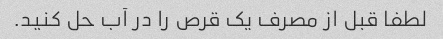
لطفا قبل از مصرف یک قرص را در آب حل کنید.